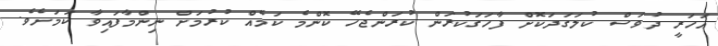
އަހަރީ ދުވަސް ކުލަގަދަކޮށް ފާހަގަކުރަން ކުރަންޖެހޭ ކޮންމެ ކަމެއް ކުރުމަށް ނިންމާފައިވާ ކަމަށެވެ.